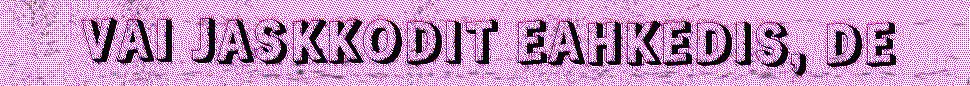
VAI JASKKODIT EAHKEDIS, DE